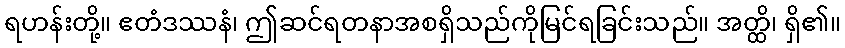
ရဟန်းတို့။ ဧတံဒဿနံ၊ ဤဆင်ရတနာအစရှိသည်ကိုမြင်ရခြင်းသည်။ အတ္ထိ၊ ရှိ၏။